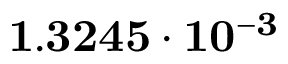
\mathbf { 1 . 3 2 4 5 \cdot 1 0 ^ { - 3 } }